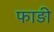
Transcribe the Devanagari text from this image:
फाड़ी